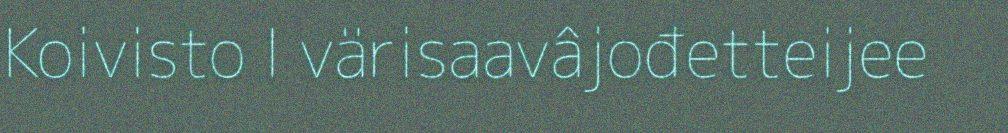
Koivisto I värisaavâjođetteijee